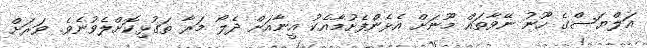
އަލްޔަސްގެ ހޫނު ނޭވާތައް މޫނަށް އެޅެންފެށުމާއެކު އީނާއަށް ދެލޯ މަރާ ތަގުޅިކޮށްލެވުނެވެ. ވަރަށް